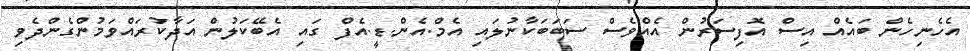
އެހެނިހެން ބައެއް އިސް އޮފިސަރުން އެއްވެސް ސަބަބަކާނުލައި އެމް.އެން.ޑީ.އެފް ގައި އެބޭކަލުން އަދާކުރައްވަމުންގެންދެވި